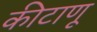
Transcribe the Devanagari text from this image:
कीटाणू